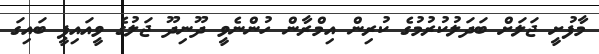
މާފުށީ ޖަލަށް ބަދަލުކުރުމުގެ ކުރިން އިމްރާން ހުންނެވީ ދޫނިދޫ ޖަލުގެ ވީއައިޕީ ބައިގަ